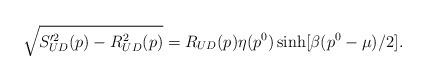
LaTeX: \begin{align*}\sqrt{S^{\prime 2}_{UD}(p)-R_{UD}^2(p)}=R_{UD}(p)\eta(p^0)\sinh[\beta(p^0-\mu)/2].\end{align*}